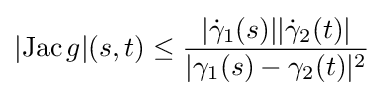
|{\rm {Jac\,}}g|(s,t)\leq {\frac {|{\dot {\gamma }}_{1}(s)||{\dot {\gamma }}_{2}(t)|}{|\gamma _{1}(s)-\gamma _{2}(t)|^{2}}}